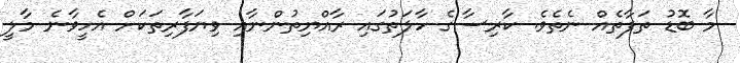
މާ ބޮޑު ތަފާތެއް ނެތެވެ. ކާރިސާގެ ހާލަތުގައި ރާއްޔިތުންނާއި ވިޔަފާރިތަކަށް އެހީވާނެ މާލީ